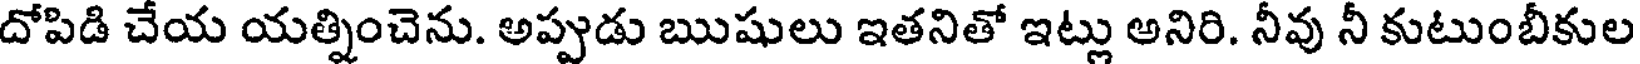
దోపిడి చేయ యత్నించెను. అప్పుడు ఋషులు ఇతనితో ఇట్లు అనిరి. నీవు నీ కుటుంబీకుల